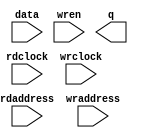
// megafunction wizard: %RAM: 2-PORT%VBB%
// GENERATION: STANDARD
// VERSION: WM1.0
// MODULE: altsyncram 

// ============================================================
// Megafunction Name(s):
// 			altsyncram
//
// Simulation Library Files(s):
// 			altera_mf
// ============================================================
// ************************************************************
// THIS IS A WIZARD-GENERATED FILE. DO NOT EDIT THIS FILE!
//
// 12.0 Build 263 08/02/2012 SP 2 SJ Web Edition
// ************************************************************

//Copyright (C) 1991-2012 Altera Corporation
//Your use of Altera Corporation's design tools, logic functions 
//and other software and tools, and its AMPP partner logic 
//functions, and any output files from any of the foregoing 
//(including device programming or simulation files), and any 
//associated documentation or information are expressly subject 
//to the terms and conditions of the Altera Program License 
//Subscription Agreement, Altera MegaCore Function License 
//Agreement, or other applicable license agreement, including, 
//without limitation, that your use is for the sole purpose of 
//programming logic devices manufactured by Altera and sold by 
//Altera or its authorized distributors.  Please refer to the 
//applicable agreement for further details.

module screen_buffer (
	data,
	rdaddress,
	rdclock,
	wraddress,
	wrclock,
	wren,
	q);

	input	[7:0]  data;
	input	[14:0]  rdaddress;
	input	  rdclock;
	input	[14:0]  wraddress;
	input	  wrclock;
	input	  wren;
	output	[7:0]  q;
`ifndef ALTERA_RESERVED_QIS
// synopsys translate_off
`endif
	tri1	  wrclock;
	tri0	  wren;
`ifndef ALTERA_RESERVED_QIS
// synopsys translate_on
`endif

endmodule

// ============================================================
// CNX file retrieval info
// ============================================================
// Retrieval info: PRIVATE: ADDRESSSTALL_A NUMERIC "0"
// Retrieval info: PRIVATE: ADDRESSSTALL_B NUMERIC "0"
// Retrieval info: PRIVATE: BYTEENA_ACLR_A NUMERIC "0"
// Retrieval info: PRIVATE: BYTEENA_ACLR_B NUMERIC "0"
// Retrieval info: PRIVATE: BYTE_ENABLE_A NUMERIC "0"
// Retrieval info: PRIVATE: BYTE_ENABLE_B NUMERIC "0"
// Retrieval info: PRIVATE: BYTE_SIZE NUMERIC "8"
// Retrieval info: PRIVATE: BlankMemory NUMERIC "1"
// Retrieval info: PRIVATE: CLOCK_ENABLE_INPUT_A NUMERIC "0"
// Retrieval info: PRIVATE: CLOCK_ENABLE_INPUT_B NUMERIC "0"
// Retrieval info: PRIVATE: CLOCK_ENABLE_OUTPUT_A NUMERIC "0"
// Retrieval info: PRIVATE: CLOCK_ENABLE_OUTPUT_B NUMERIC "0"
// Retrieval info: PRIVATE: CLRdata NUMERIC "0"
// Retrieval info: PRIVATE: CLRq NUMERIC "0"
// Retrieval info: PRIVATE: CLRrdaddress NUMERIC "0"
// Retrieval info: PRIVATE: CLRrren NUMERIC "0"
// Retrieval info: PRIVATE: CLRwraddress NUMERIC "0"
// Retrieval info: PRIVATE: CLRwren NUMERIC "0"
// Retrieval info: PRIVATE: Clock NUMERIC "1"
// Retrieval info: PRIVATE: Clock_A NUMERIC "0"
// Retrieval info: PRIVATE: Clock_B NUMERIC "0"
// Retrieval info: PRIVATE: IMPLEMENT_IN_LES NUMERIC "0"
// Retrieval info: PRIVATE: INDATA_ACLR_B NUMERIC "0"
// Retrieval info: PRIVATE: INDATA_REG_B NUMERIC "0"
// Retrieval info: PRIVATE: INIT_FILE_LAYOUT STRING "PORT_B"
// Retrieval info: PRIVATE: INIT_TO_SIM_X NUMERIC "0"
// Retrieval info: PRIVATE: INTENDED_DEVICE_FAMILY STRING "Cyclone IV E"
// Retrieval info: PRIVATE: JTAG_ENABLED NUMERIC "0"
// Retrieval info: PRIVATE: JTAG_ID STRING "NONE"
// Retrieval info: PRIVATE: MAXIMUM_DEPTH NUMERIC "0"
// Retrieval info: PRIVATE: MEMSIZE NUMERIC "262144"
// Retrieval info: PRIVATE: MEM_IN_BITS NUMERIC "0"
// Retrieval info: PRIVATE: MIFfilename STRING "mem.hex"
// Retrieval info: PRIVATE: OPERATION_MODE NUMERIC "2"
// Retrieval info: PRIVATE: OUTDATA_ACLR_B NUMERIC "0"
// Retrieval info: PRIVATE: OUTDATA_REG_B NUMERIC "1"
// Retrieval info: PRIVATE: RAM_BLOCK_TYPE NUMERIC "0"
// Retrieval info: PRIVATE: READ_DURING_WRITE_MODE_MIXED_PORTS NUMERIC "2"
// Retrieval info: PRIVATE: READ_DURING_WRITE_MODE_PORT_A NUMERIC "3"
// Retrieval info: PRIVATE: READ_DURING_WRITE_MODE_PORT_B NUMERIC "3"
// Retrieval info: PRIVATE: REGdata NUMERIC "1"
// Retrieval info: PRIVATE: REGq NUMERIC "0"
// Retrieval info: PRIVATE: REGrdaddress NUMERIC "1"
// Retrieval info: PRIVATE: REGrren NUMERIC "1"
// Retrieval info: PRIVATE: REGwraddress NUMERIC "1"
// Retrieval info: PRIVATE: REGwren NUMERIC "1"
// Retrieval info: PRIVATE: SYNTH_WRAPPER_GEN_POSTFIX STRING "0"
// Retrieval info: PRIVATE: USE_DIFF_CLKEN NUMERIC "0"
// Retrieval info: PRIVATE: UseDPRAM NUMERIC "1"
// Retrieval info: PRIVATE: VarWidth NUMERIC "0"
// Retrieval info: PRIVATE: WIDTH_READ_A NUMERIC "8"
// Retrieval info: PRIVATE: WIDTH_READ_B NUMERIC "8"
// Retrieval info: PRIVATE: WIDTH_WRITE_A NUMERIC "8"
// Retrieval info: PRIVATE: WIDTH_WRITE_B NUMERIC "8"
// Retrieval info: PRIVATE: WRADDR_ACLR_B NUMERIC "0"
// Retrieval info: PRIVATE: WRADDR_REG_B NUMERIC "0"
// Retrieval info: PRIVATE: WRCTRL_ACLR_B NUMERIC "0"
// Retrieval info: PRIVATE: enable NUMERIC "0"
// Retrieval info: PRIVATE: rden NUMERIC "0"
// Retrieval info: LIBRARY: altera_mf altera_mf.altera_mf_components.all
// Retrieval info: CONSTANT: ADDRESS_ACLR_B STRING "NONE"
// Retrieval info: CONSTANT: ADDRESS_REG_B STRING "CLOCK1"
// Retrieval info: CONSTANT: CLOCK_ENABLE_INPUT_A STRING "BYPASS"
// Retrieval info: CONSTANT: CLOCK_ENABLE_INPUT_B STRING "BYPASS"
// Retrieval info: CONSTANT: CLOCK_ENABLE_OUTPUT_B STRING "BYPASS"
// Retrieval info: CONSTANT: INTENDED_DEVICE_FAMILY STRING "Cyclone IV E"
// Retrieval info: CONSTANT: LPM_TYPE STRING "altsyncram"
// Retrieval info: CONSTANT: NUMWORDS_A NUMERIC "32768"
// Retrieval info: CONSTANT: NUMWORDS_B NUMERIC "32768"
// Retrieval info: CONSTANT: OPERATION_MODE STRING "DUAL_PORT"
// Retrieval info: CONSTANT: OUTDATA_ACLR_B STRING "NONE"
// Retrieval info: CONSTANT: OUTDATA_REG_B STRING "CLOCK1"
// Retrieval info: CONSTANT: POWER_UP_UNINITIALIZED STRING "FALSE"
// Retrieval info: CONSTANT: WIDTHAD_A NUMERIC "15"
// Retrieval info: CONSTANT: WIDTHAD_B NUMERIC "15"
// Retrieval info: CONSTANT: WIDTH_A NUMERIC "8"
// Retrieval info: CONSTANT: WIDTH_B NUMERIC "8"
// Retrieval info: CONSTANT: WIDTH_BYTEENA_A NUMERIC "1"
// Retrieval info: USED_PORT: data 0 0 8 0 INPUT NODEFVAL "data[7..0]"
// Retrieval info: USED_PORT: q 0 0 8 0 OUTPUT NODEFVAL "q[7..0]"
// Retrieval info: USED_PORT: rdaddress 0 0 15 0 INPUT NODEFVAL "rdaddress[14..0]"
// Retrieval info: USED_PORT: rdclock 0 0 0 0 INPUT NODEFVAL "rdclock"
// Retrieval info: USED_PORT: wraddress 0 0 15 0 INPUT NODEFVAL "wraddress[14..0]"
// Retrieval info: USED_PORT: wrclock 0 0 0 0 INPUT VCC "wrclock"
// Retrieval info: USED_PORT: wren 0 0 0 0 INPUT GND "wren"
// Retrieval info: CONNECT: @address_a 0 0 15 0 wraddress 0 0 15 0
// Retrieval info: CONNECT: @address_b 0 0 15 0 rdaddress 0 0 15 0
// Retrieval info: CONNECT: @clock0 0 0 0 0 wrclock 0 0 0 0
// Retrieval info: CONNECT: @clock1 0 0 0 0 rdclock 0 0 0 0
// Retrieval info: CONNECT: @data_a 0 0 8 0 data 0 0 8 0
// Retrieval info: CONNECT: @wren_a 0 0 0 0 wren 0 0 0 0
// Retrieval info: CONNECT: q 0 0 8 0 @q_b 0 0 8 0
// Retrieval info: GEN_FILE: TYPE_NORMAL screen_buffer.v TRUE
// Retrieval info: GEN_FILE: TYPE_NORMAL screen_buffer.inc FALSE
// Retrieval info: GEN_FILE: TYPE_NORMAL screen_buffer.cmp FALSE
// Retrieval info: GEN_FILE: TYPE_NORMAL screen_buffer.bsf TRUE
// Retrieval info: GEN_FILE: TYPE_NORMAL screen_buffer_inst.v FALSE
// Retrieval info: GEN_FILE: TYPE_NORMAL screen_buffer_bb.v TRUE
// Retrieval info: LIB_FILE: altera_mf